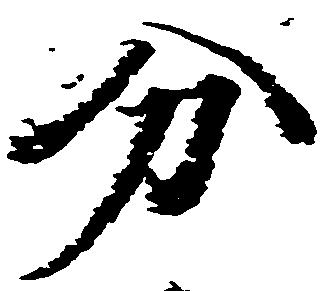
分